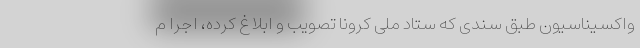
واکسیناسیون طبق سندی که ستاد ملی کرونا تصویب و ابلاغ کرده، اجرا م